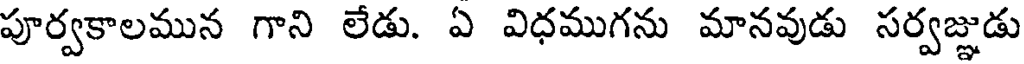
పూర్వకాలమున గాని లేడు. ఏ విధముగను మానవుడు సర్వజ్ఞుడు